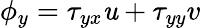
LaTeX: \phi_{y}=\tau_{yx}\mathit{u}+\tau_{yy}v